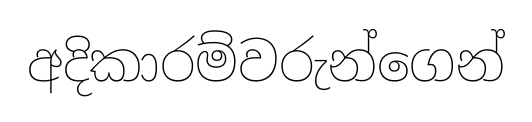
අදිකාරම්වරුන්ගෙන්